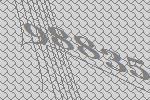
98835